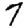
Digit: 7